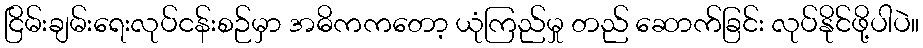
ငြိမ်းချမ်းရေးလုပ်ငန်းစဉ်မှာ အဓိကကတော့ ယုံကြည်မှု တည် ဆောက်ခြင်း လုပ်နိုင်ဖို့ပါပဲ။